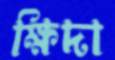
ক্ষিদা